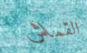
القماش